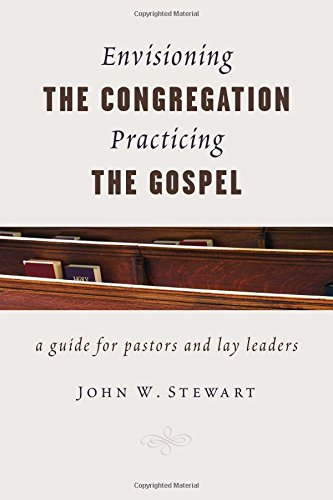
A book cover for Envisioning the Congregation, Practicing the Gospel: A Guide for Pastors and Lay Leaders; John W. Stewart; Christian Books & Bibles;